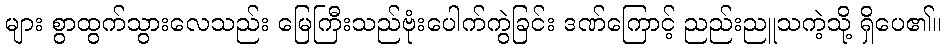
များ စွာထွက်သွားလေသည်း မြေကြီးသည်ဗုံးပေါက်ကွဲခြင်း ဒဏ်ကြောင့် ညည်းညူသကဲ့သို့ ရှိပေ၏။